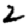
Digit: 2